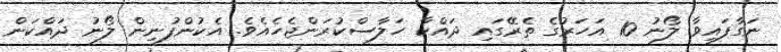
ނަގާފައިވާ ލޯނު 10 އަހަރުގެ ތެރޭގައި ދައްކާ ހަލާސްކުރަންޖެހެއެވެ. އެކުންފުނިން ލޯނު ދައްކަން